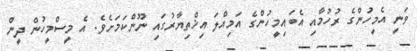
ވަނީ އެމީހުންގެ ރުހުމާއި އެބައިމީހުންގެ އަމިއްލަ އިޚްތިޔާރުގައި ނޫންކަމަށެވެ. އެ މީސްމީހުން ދީން